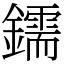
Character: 鑐